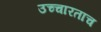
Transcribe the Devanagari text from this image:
उच्चारताच